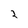
Character: 2